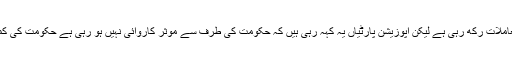
حکومتِ پاکستان بھرپور انداز میں دنیا کے سامنے سارے معاملات رکھ رہی ہے لیکن اپوزیشن پارٹیاں یہ کہہ رہی ہیں کہ حکومت کی طرف سے موثر کاروائی نہیں ہو رہی ہے حکومت کی کمزوری کی وجہ وہ آئینی شقیں ہیں جو مودی نے ختم کی ہیں ۔